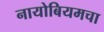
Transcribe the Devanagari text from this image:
नायोबियमचा